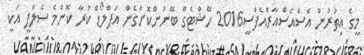
މީގެ އިތުރުން އެސްއެސްއާރްއެފްސީ2016 ހޭޝްޓެގް ބޭނުންކޮށްގެން އަޕްލޯޑް ކުރާ ކޮންމެ ސެލްފީ އަކީ